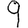
Digit: 9